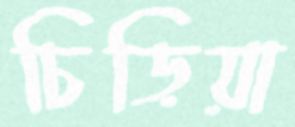
চিড়িয়া